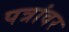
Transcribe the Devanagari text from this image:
पत्रांवर